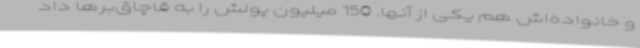
و خانواده‌اش هم یکی از آنها. 150‌ میلیون پولش را به قاچاق‌برها داد